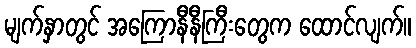
မျက်နှာတွင် အကြောနီနီကြီးတွေက ထောင်လျက်။